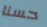
حسنا